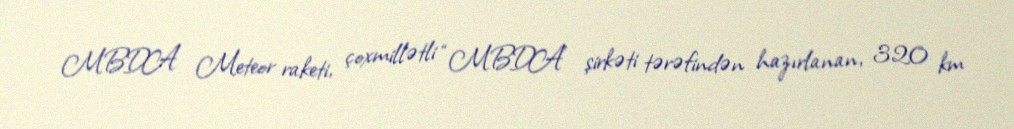
MBDA Meteor raketi, çoxmillətli “MBDA” şirkəti tərəfindən hazırlanan, 320 km